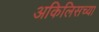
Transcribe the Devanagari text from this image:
अकिलिसच्या